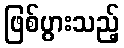
ဖြစ်ပွားသည့်